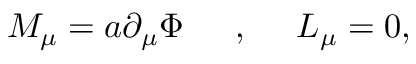
M _ { \mu } = a \partial _ { \mu } \Phi \, \, \, \, \, \, \, \, \, , \, \, \, \, \, \, \, \, L _ { \mu } = 0 ,